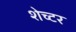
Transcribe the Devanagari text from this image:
शेच्टर